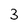
Character: 3